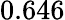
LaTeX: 0.646